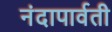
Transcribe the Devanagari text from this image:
नंदापार्वती